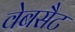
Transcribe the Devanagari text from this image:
वेबसैट